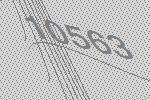
10563